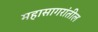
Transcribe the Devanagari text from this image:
महासागरांतील